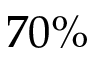
7 0 \%